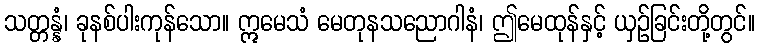
သတ္တန္နံ၊ ခုနစ်ပါးကုန်သော။ ဣမေသံ မေတုနသညောဂါနံ၊ ဤမေထုန်နှင့် ယှဉ်ခြင်းတို့တွင်။